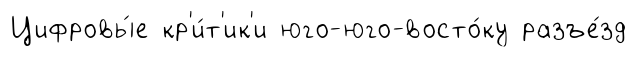
Цифровы́е кр'и́т'ик'и юго-юго-восто́ку разъе́зд